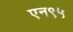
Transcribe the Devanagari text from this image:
एन९५